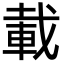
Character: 載